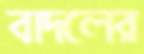
বাদলের